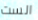
الست